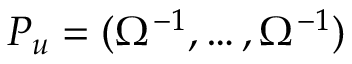
P _ { u } = ( \Omega ^ { - 1 } , \dots , \Omega ^ { - 1 } )